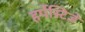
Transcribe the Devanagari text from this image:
हर्पेस्टिडे